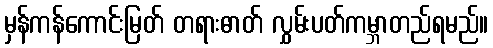
မှန်ကန်ကောင်းမြတ် တရားဓာတ် လွှမ်းပတ်ကမ္ဘာတည်ရမည်။